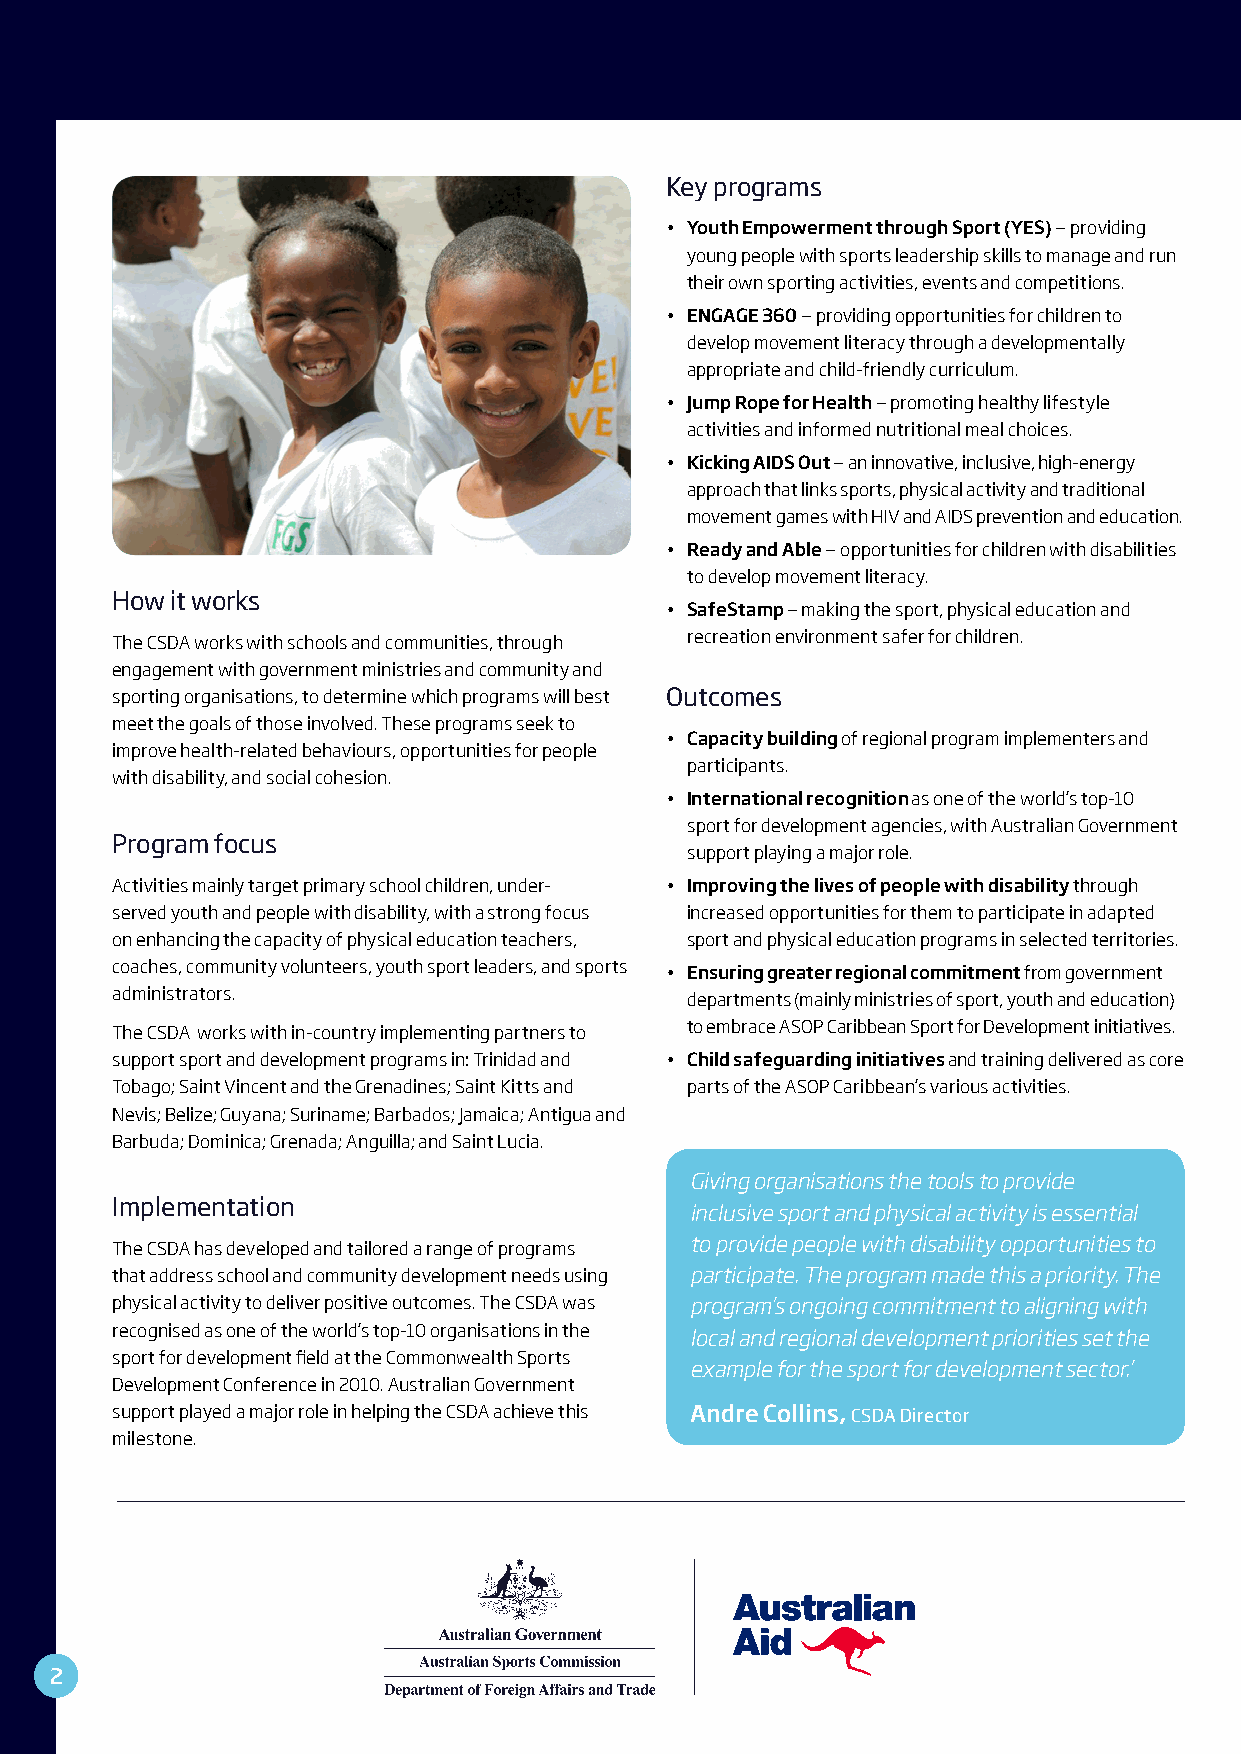
Key programs
 • Youth Empowerment through Sport (YES) — providing
 young people with sports leadership skills to manage and run
 their own sporting activities, events and competitions.
 • ENGAGE 360 — providing opportunities for children to
 develop movement literacy through a developmentally
 appropriate and child-friendly curriculum.
 • Jump Rope for Health — promoting healthy lifestyle
 activities and informed nutritional meal choices.
 • Kicking AIDS Out — an innovative, inclusive, high-energy
 approach that links sports, physical activity and traditional
 movement games with HIV and AIDS prevention and education.
 • Ready and Able — opportunities for children with disabilities
 to develop movement literacy.
 How it works
 • SafeStamp — making the sport, physical education and
 The CSDA works with schools and communities, through recreation environment safer for children.
 engagement with government ministries and community and
 sporting organisations, to determine which programs will best Outcomes
 meet the goals of those involved. These programs seek to
 • Capacity building of regional program implementers and
 improve health-related behaviours, opportunities for people
 participants.
 with disability, and social cohesion.
 • International recognition as one of the world’s top-10
 sport for development agencies, with Australian Government
 Program focus
 support playing a major role.
 Activities mainly target primary school children, under- • Improving the lives of people with disability through
 served youth and people with disability, with a strong focus increased opportunities for them to participate in adapted
 on enhancing the capacity of physical education teachers, sport and physical education programs in selected territories.
 coaches, community volunteers, youth sport leaders, and sports • Ensuring greater regional commitment from government
 administrators.                       departments (mainly ministries of sport, youth and education)
 The CSDA works with in-country implementing partners to to embrace ASOP Caribbean Sport for Development initiatives.
 support sport and development programs in: Trinidad and • Child safeguarding initiatives and training delivered as core
 Tobago; Saint Vincent and the Grenadines; Saint Kitts and parts of the ASOP Caribbean’s various activities.
 Nevis; Belize; Guyana; Suriname; Barbados; Jamaica; Antigua and
 Barbuda; Dominica; Grenada; Anguilla; and Saint Lucia.
 Giving organisations the tools to provide
 Implementation
 inclusive sport and physical activity is essential
 to provide people with disability opportunities to
 The CSDA has developed and tailored a range of programs
 that address school and community development needs using participate. The program made this a priority. The
 physical activity to deliver positive outcomes. The CSDA was program’s ongoing commitment to aligning with
 recognised as one of the world’s top-10 organisations in the local and regional development priorities set the
 sport for development field at the Commonwealth Sports
 example for the sport for development sector.’
 Development Conference in 2010. Australian Government
 support played a major role in helping the CSDA achieve this Andre Collins, CSDA Director
 milestone.
 22